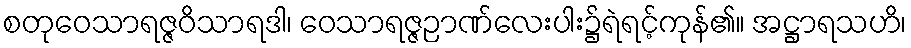
စတုဝေသာရဇ္ဇဝိသာရဒါ၊ ဝေသာရဇ္ဇဉာဏ်လေးပါး၌ရဲရင့်ကုန်၏။ အဋ္ဌာရသဟိ၊